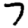
Digit: 7